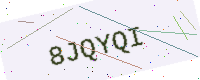
Text: 8JQYQI